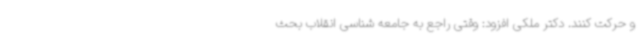
و حرکت کنند. دکتر ملکی افزود: وقتی راجع به جامعه شناسی انقلاب بحث